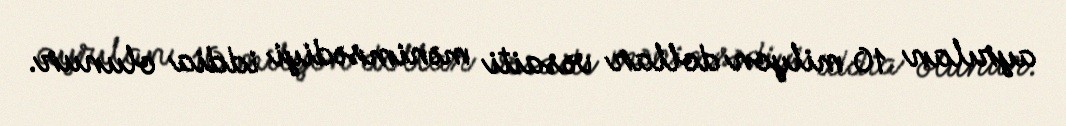
ayrılan 10 milyon dollar vəsaiti mənimsədiyi iddia olunur.